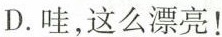
D.哇,这么漂亮!